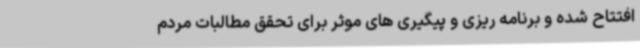
افتتاح شده و برنامه ریزی و پیگیری های موثر برای تحقق مطالبات مردم